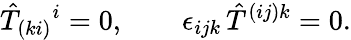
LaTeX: \hat{T}_{(ki)}{}^{i}=0,\qquad\epsilon_{ijk}\, \hat{T}^{(ij)k}=0.